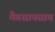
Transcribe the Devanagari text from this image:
मैगसायसाय